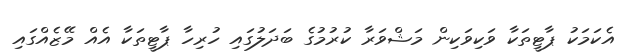
އެކަމަކު ޕާޓީތަކާ ވަކިވަކިން މަޝްވަރާ ކުރުމުގެ ބަދަލުގައި ހުރިހާ ޕާޓީތަކާ އެއް މޭޒެއްގައި